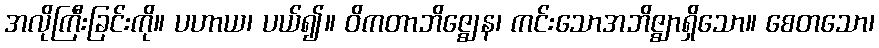
အလိုကြီးခြင်းကို။ ပဟာယ၊ ပယ်၍။ ဝိကတာဘိဇ္ဈေန၊ ကင်းသောအဘိဇ္ဈာရှိသော။ စေတသော၊